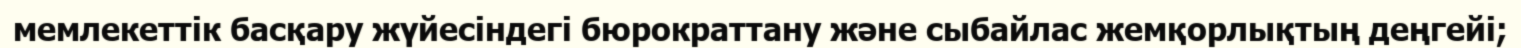
мемлекеттік басқару жүйесіндегі бюрократтану және сыбайлас жемқорлықтың деңгейі;